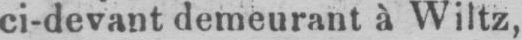
ci-devant demeurant à Wiltz,